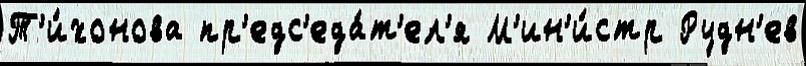
Т'и́хонова пр'едс'еда́т'ел'я М'ин'и́стр Рудн'ев